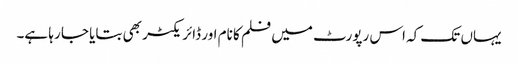
یہاں تک کہ اس رپورٹ میں فلم کا نام اور ڈائریکٹر بھی بتایا جا رہا ہے۔